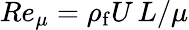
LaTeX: Re_{\mu}=\rho_{\mathrm{f}}U\, L/\mu